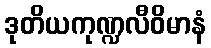
ဒုတိယကုဏ္ဍလီဝိမာနံ